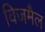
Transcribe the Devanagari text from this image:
विजमैल